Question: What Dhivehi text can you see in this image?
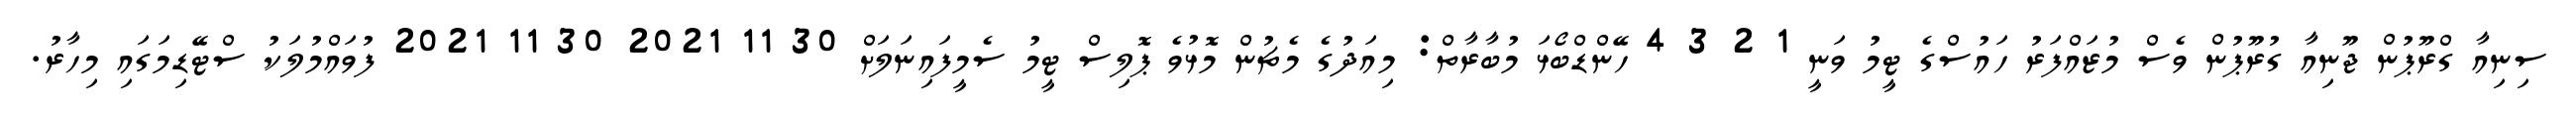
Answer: ސިނިއާ ގްރޫޕުން ޖޫނިއާ ގުރޫޕުން ވެސް މުޒައްފަރު ހައުސްގެ ޓީމު ވަނީ 1 2 3 4 ހޭންޑްބޯޅަ މުބާރާތް: މިއަދުގެ މެޗުން މޮޅުވެ ޕޮލިސް ޓީމު ސެމީފައިނަލަށް 30 11 2021 30 11 2021 ފުވައްމުލަކު ސްޓޭޑިމަގައި މިހާރު.